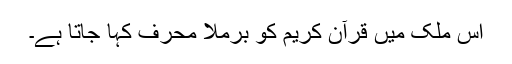
اس ملک میں قرآن کریم کو برملا محرف کہا جاتا ہے۔